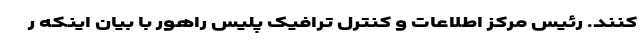
کنند. رئیس مرکز اطلاعات و کنترل ترافیک پلیس راهور با بیان اینکه ر